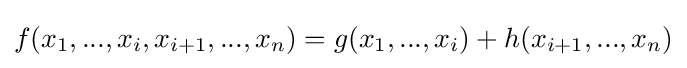
f(x_{1},...,x_{i},x_{i+1},...,x_{n})=g(x_{1},...,x_{i})+h(x_{i+1},...,x_{n})